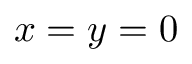
x = y = 0